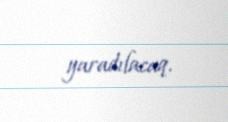
yaradılacaq.